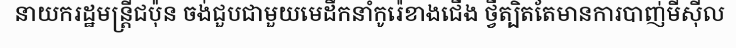
នាយករដ្ឋមន្ត្រីជប៉ុន ចង់ជួបជាមួយមេដឹកនាំកូរ៉េខាងជើង ថ្វីត្បិតតែមានការបាញ់មីស៊ីល